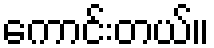
ကောင်းတယ်။